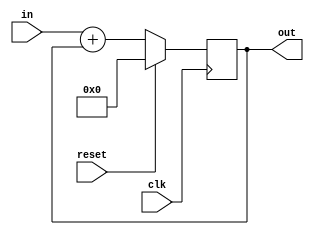
module adder_with_feedback
     (
        // ----------------------------------------------------------------
        // Inputs and output 
        input    [16    -1:0]    in        ,
        output   [16    -1:0]    out       ,
        input                    reset     , 
        input                    clk   
     );

    // --------------------------------------------------------------------
    // Wire and register
    wire     [16    -1:0]    sum       ;
    reg      [16    -1:0]    reg_1     ;
    
    // Assignments
    assign   out    = reg_1            ;
    assign   sum    = in + out         ;

    // --------------------------------------------------------------------
    // Procedural block
    always   @    (posedge clk)
        begin
            if  (reset   == 1)
                reg_1    <= 0       ;
            else
                reg_1    <= sum     ;
        end
				
endmodule